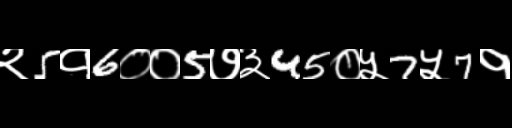
Text: २5१6००5७३45०५7५7१